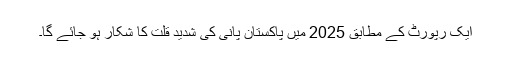
ایک رپورٹ کے مطابق 2025 میں پاکستان پانی کی شدید قلت کا شکار ہو جائے گا۔